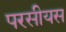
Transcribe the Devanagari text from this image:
परसीयस